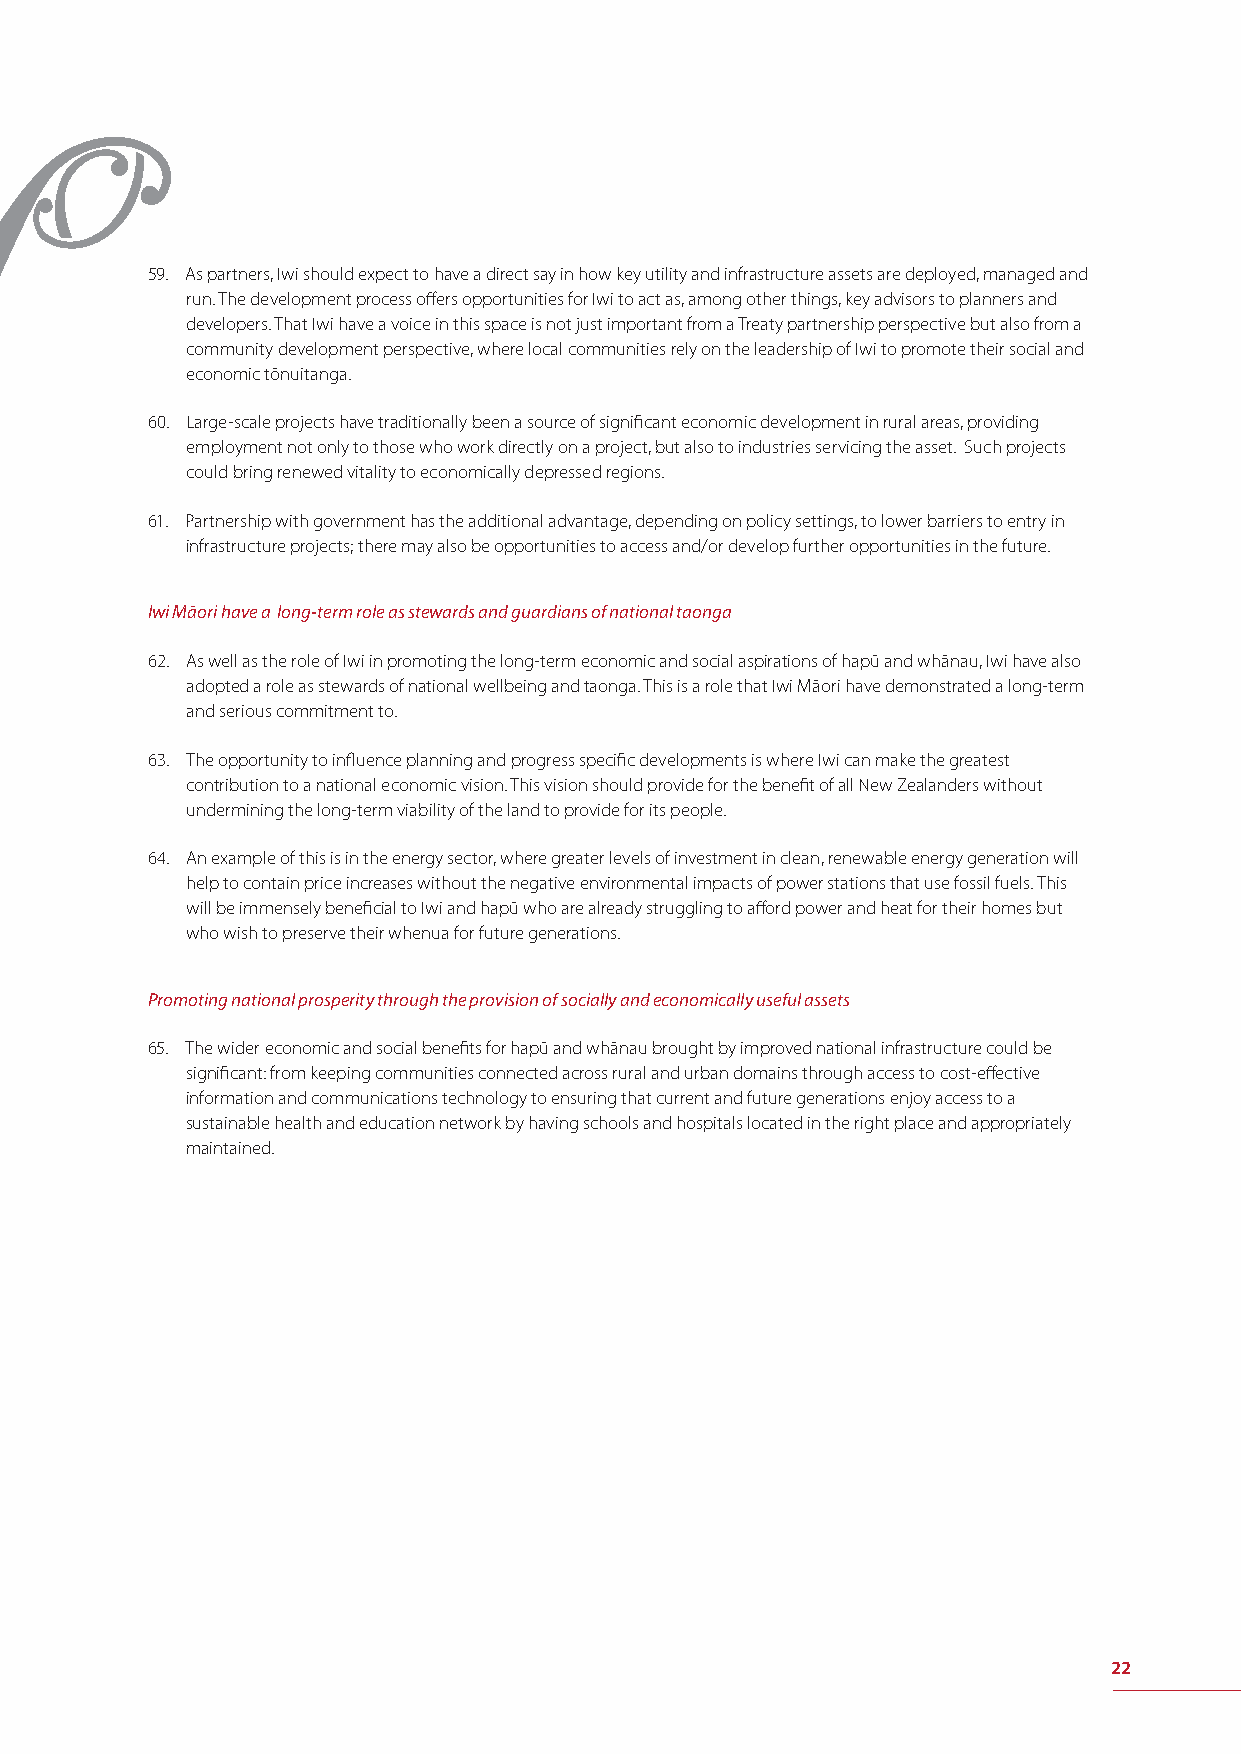
59. As partners, Iwi should expect to have a direct say in how key utility and infrastructure assets are deployed, managed and
 run. The development process off ers opportunities for Iwi to act as, among other things, key advisors to planners and
 developers. That Iwi have a voice in this space is not just important from a Treaty partnership perspective but also from a
 community development perspective, where local communities rely on the leadership of Iwi to promote their social and
 economic tōnuitanga.
 60. Large-scale projects have traditionally been a source of signifi cant economic development in rural areas, providing
 employment not only to those who work directly on a project, but also to industries servicing the asset. Such projects
 could bring renewed vitality to economically depressed regions.
 61. Partnership with government has the additional advantage, depending on policy settings, to lower barriers to entry in
 infrastructure projects; there may also be opportunities to access and/or develop further opportunities in the future.
 Iwi Māori have a long-term role as stewards and guardians of national taonga
 62. As well as the role of Iwi in promoting the long-term economic and social aspirations of hapū and whānau, Iwi have also
 adopted a role as stewards of national wellbeing and taonga. This is a role that Iwi Māori have demonstrated a long-term
 and serious commitment to.
 63. The opportunity to infl uence planning and progress specifi c developments is where Iwi can make the greatest
 contribution to a national economic vision. This vision should provide for the benefi t of all New Zealanders without
 undermining the long-term viability of the land to provide for its people.
 64. An example of this is in the energy sector, where greater levels of investment in clean, renewable energy generation will
 help to contain price increases without the negative environmental impacts of power stations that use fossil fuels. This
 will be immensely benefi cial to Iwi and hapū who are already struggling to aff ord power and heat for their homes but
 who wish to preserve their whenua for future generations.
 Promoting national prosperity through the provision of socially and economically useful assets
 65. The wider economic and social benefi ts for hapū and whānau brought by improved national infrastructure could be
 signifi cant: from keeping communities connected across rural and urban domains through access to cost-eff ective
 information and communications technology to ensuring that current and future generations enjoy access to a
 sustainable health and education network by having schools and hospitals located in the right place and appropriately
 maintained.
 22